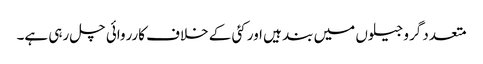
متعدد گرو جیلوں میں بند ہیں اور کئی کے خلاف کارروائی چل رہی ہے۔